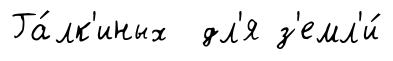
Га́лк'иных дл'я з'емл'и́